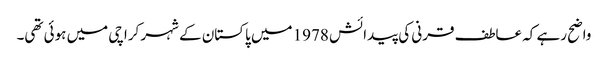
واضح رہے کہ عاطف قرنی کی پیدائش 1978 میں پاکستان کے شہر کراچی میں ہوئی تھی۔